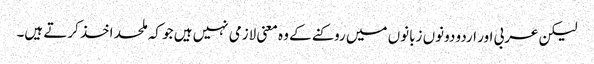
لیکن عربی اور اردو دونوں زبانوں میں روکنے کے وہ معنی لازمی نہیں ہیں جو کہ ملحد اخذ کرتے ہیں۔